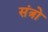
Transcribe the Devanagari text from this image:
संत्रो